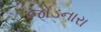
જોડનારા